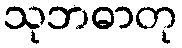
သုဘဓာတု